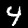
Label: 4